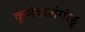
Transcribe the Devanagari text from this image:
कुर्मबालंगोडू